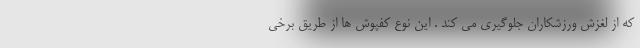
که از لغزش ورزشکاران جلوگیری می کند . این نوع کفپوش ها از طریق برخی